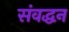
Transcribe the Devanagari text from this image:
संवद्धन